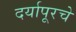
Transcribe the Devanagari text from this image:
दर्यापूरचे